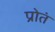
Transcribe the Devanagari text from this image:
प्रोतं